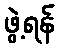
ဖွဲ့ရန်